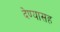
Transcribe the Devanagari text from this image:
देण्‍यासह